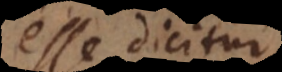
esse dicitur,